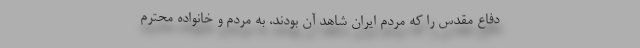
دفاع مقدس را که مردم ایران شاهد آن بودند، به مردم و خانواده محترم